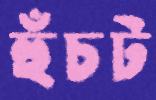
হুঁচট